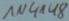
Text: 1N4148